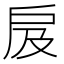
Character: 㧀